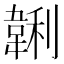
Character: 𱂂